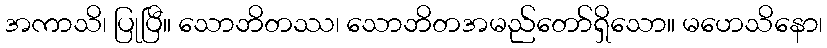
အကာသိ၊ ပြုပြီ။ သောဘိတဿ၊ သောဘိတအမည်တော်ရှိသော။ မဟေသိနော၊